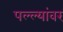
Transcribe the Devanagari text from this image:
पल्ल्यांवर